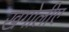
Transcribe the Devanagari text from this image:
खगोलीए